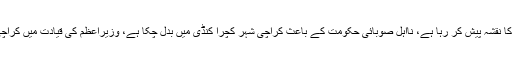
انہوں نے کہا کہ پورا سندھ موہنجو داڑو کا نقشہ پیش کر رہا ہے، نااہل صوبائی حکومت کے باعث کراچی شہر کچرا کنڈی میں بدل چکا ہے، وزیراعظم کی قیادت میں کراچی کو دوبارہ روشنیوں کا شہر بنائیں گے۔